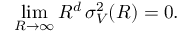
\operatorname* { l i m } _ { R \to \infty } R ^ { d } \mathinner { \sigma _ { V } ^ { 2 } \mathopen { \left( R \right) } } = 0 .